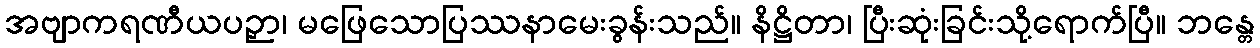
အဗျာကရဏီယပဉှာ၊ မဖြေသောပြဿနာမေးခွန်းသည်။ နိဋ္ဌိတာ၊ ပြီးဆုံးခြင်းသို့ရောက်ပြီ။ ဘန္တေ